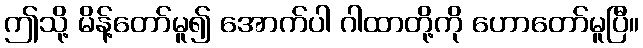
ဤသို့ မိန့်တော်မူ၍ အောက်ပါ ဂါထာတို့ကို ဟောတော်မူပြီ။